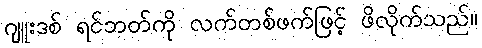
ဂျူးဒစ် ရင်ဘတ်ကို လက်တစ်ဖက်ဖြင့် ဖိလိုက်သည်။